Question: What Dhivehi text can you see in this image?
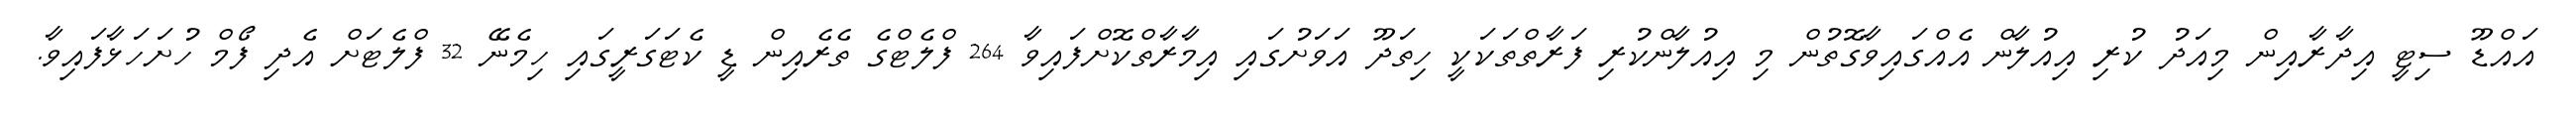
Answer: އައްޑޫ ސިޓީ އިދާރާއިން މިއަދު ކުރި އިއުލާން އެއްގައިވާގޮތުން މި އިއުލާންކުރި ފަރާތްތަކަކީ ހިތަދޫ އަވަށުގައި އިމާރާތްކޮށްފައިވާ 264 ފްލެޓްގެ ތެރެއިން ޑީ ކެޓަގަރީގައި ހިމެނޭ 32 ފްލެޓަށް އެދި ފޯމް ހުށަހަޅާފައިވާ.